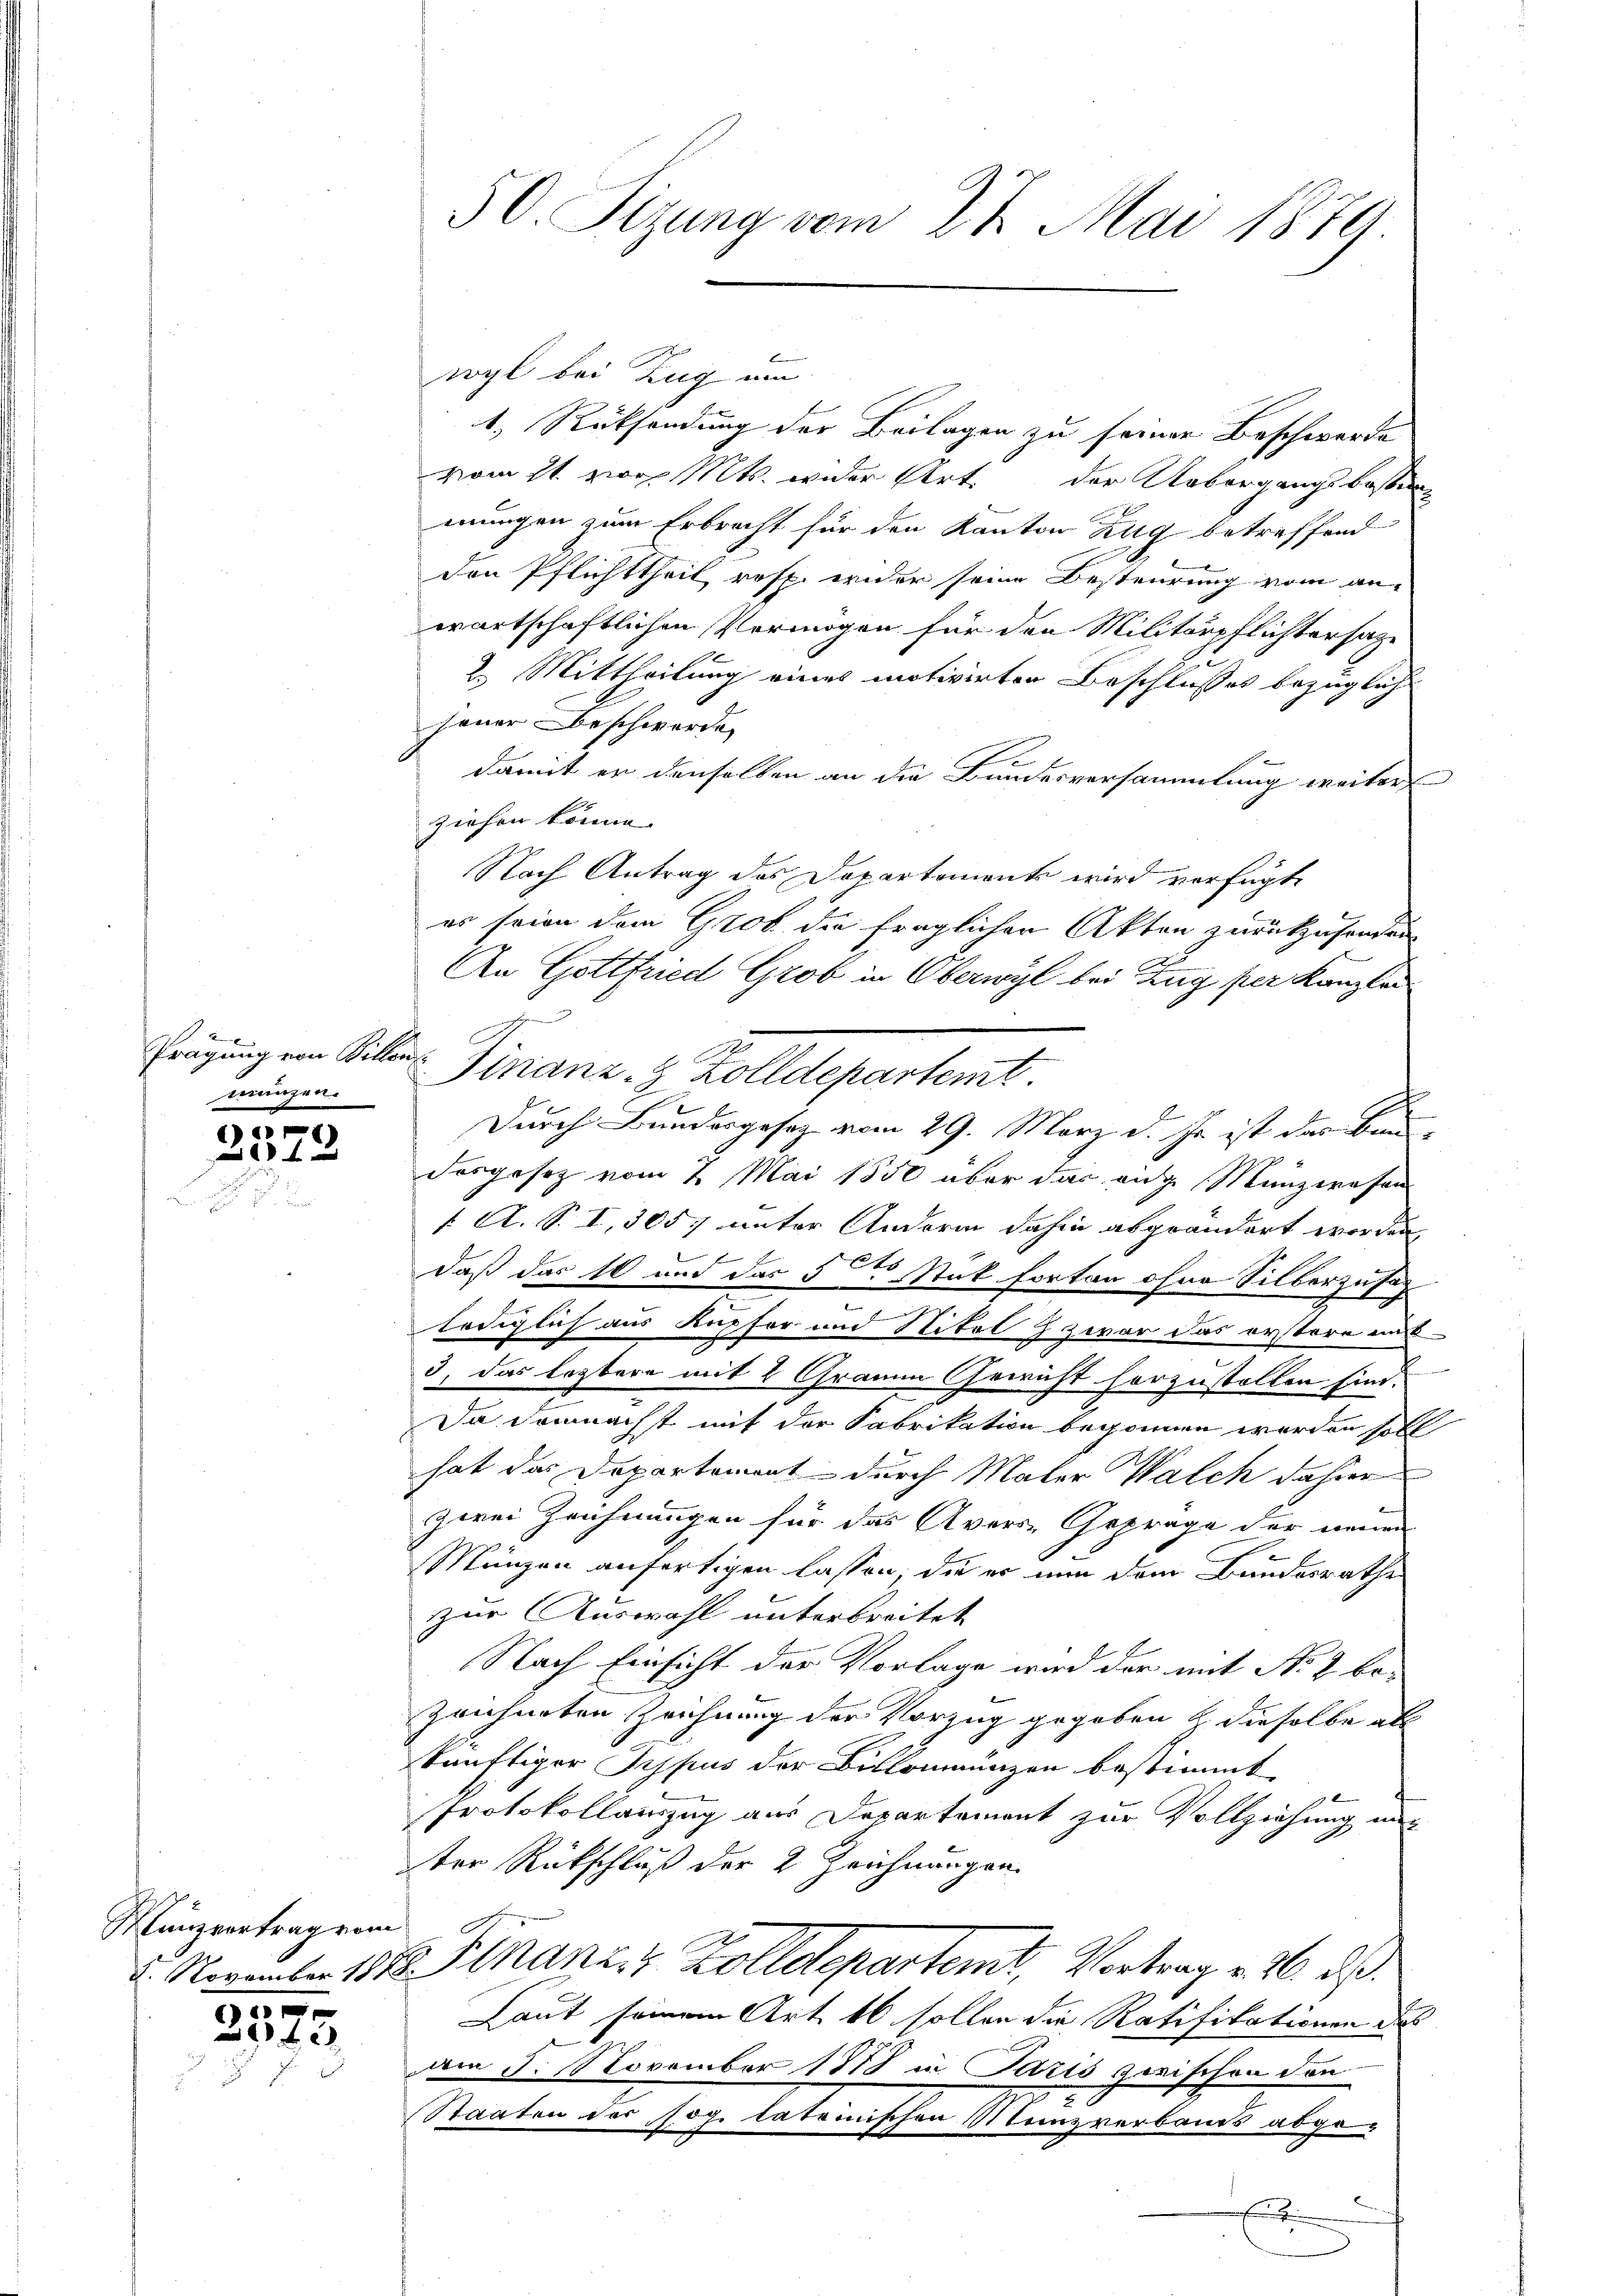
manzen.

e
1x

Mänzvertrag vom
0

240

1.) Rücksendung der Beilagen zu seiner Beschwerde
vom 21. vor. Mts. wider Art. der Uebergangsbeste
mungen zum Erbrecht für den Kanton Zug betreffend
den Pflichttheil resp. wider seine Besteurung vom an-
wartschaftlichen Vermögen für den Militärpflichterhal¬
2. Mittheilung eines motivirten Beschlusses bezüglich
jener Beschwerde
damit er denselben an die Bundesversammlung weiter
ziehen könne.
Nach Antrag des Departements wird verfügte
es seien dem Grob die fraglichen Akten zurückzusenden
An Gottfried Grob in Oberwyl bei Zug per Kanzlei
Prägung von Billen Finanz- & Zolldepartemt
Durch Bundesgesez vom 29. März d. Js. ist das Bau
Dosgesetz vom 7. Mai 1850 über das eige Münzerafan
1. A. S. I, 305 unter Andere dahin abgeändert worden,
daß das 16 und das 5te Stat fortan ohne Silberzusa
e
.
lediglich aus Kupfer und Nital & zwar das erstere un
3, das leztere mit 2 Grauen Gewicht herzustellen sind.
Da demnächst mit der Fabrikation begonnen werden soll
hat das Departement durch Maler Walch dahier
zwei Zeichnungen für das Avers- Gepräge der neuen
Münzen anfertigen lassen, die er nun dem Bundesrathe
zur Auswahl unterbreitet
Nach Einsicht der Vorlage wird der mit No 2. bozeichneten Zeichnung der Vorzug gegeben & dieselbe als
künftiger Typus der Billommünzen bestimmt
Protokollauszug aus Departement zur Vollziehung unter Rückschluß der 2 Zeichnungen.
5. November 1818. Finanz, 2 Zolldepartemt, Vortrag v. 26. ds.
Laut seinem Art. 16 sollen die Ratifikationen des
Am 5. November 1878 in Paris zwischen den
Staaten der sog. lateinischen Menzverbands abge-

50. Sizung vom 27. Mai 1879

.

wyl bei Zug um